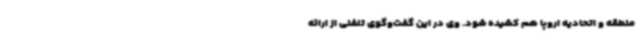
منطقه و اتحادیه اروپا هم کشیده شود. وی در این گفت‌وگوی تلفنی از ارائه